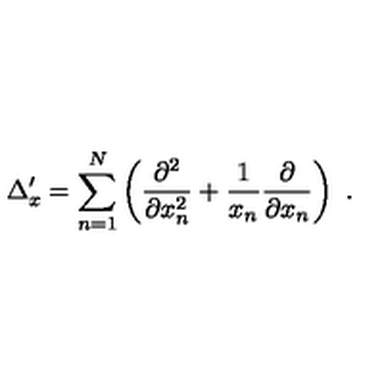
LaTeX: \Delta _ { x } ^ { \prime } = \sum _ { n = 1 } ^ { N } \left( \frac { \partial ^ { 2 } } { \partial x _ { n } ^ { 2 } } + \frac { 1 } { x _ { n } } \frac { \partial } { \partial x _ { n } } \right) \ .